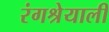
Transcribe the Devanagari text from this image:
रंगश्रेयाली